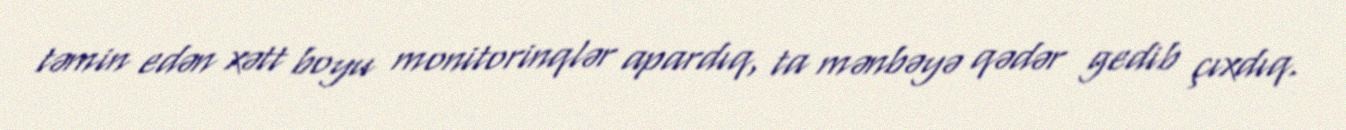
təmin edən xətt boyu monitorinqlər apardıq, ta mənbəyə qədər gedib çıxdıq.